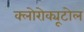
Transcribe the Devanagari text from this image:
क्लोरोक्यूटोल